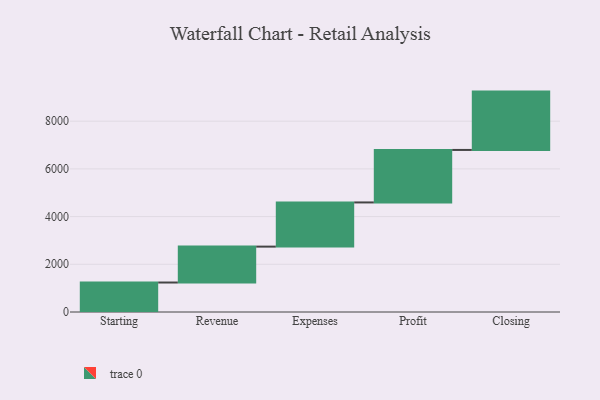
{"axis": {"x": "Step", "y": "Value"}, "legend": [""], "data": [{"x": "Starting", "y": 1236.0, "type": ""}, {"x": "Revenue", "y": 1505.0, "type": ""}, {"x": "Expenses", "y": 1852.0, "type": ""}, {"x": "Profit", "y": 2201.0, "type": ""}, {"x": "Closing", "y": 2446.0, "type": ""}]}